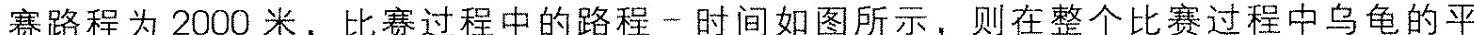
赛路程为2000米，比赛过程中的路程-时间如图所示，则在整个比赛过程中乌龟的平